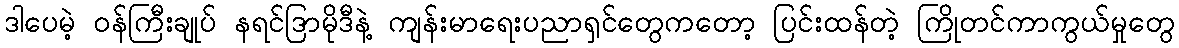
ဒါပေမဲ့ ဝန်ကြီးချုပ် နရင်ဒြာမိုဒီနဲ့ ကျန်းမာရေးပညာရှင်တွေကတော့ ပြင်းထန်တဲ့ ကြိုတင်ကာကွယ်မှုတွေ